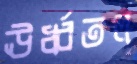
ঊর্ধ্বতল